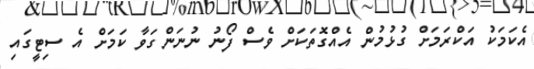
އެކަމަކު އަކްރަމަށް ގުޅުމުން އެއްގޮތަކަށް ވެސް ފޯނު ނުނަންގަވާ ކަމަށް އެ ސިޓީގައި